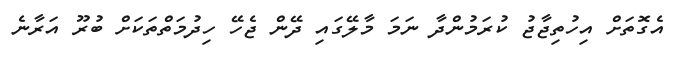
އެގޮތަށް އިހުތިޖާޖު ކުރަމުންދާ ނަމަ މާލޭގައި ދޭން ޖެހޭ ހިދުމަތްތަކަށް ބުރޫ އަރާނެ